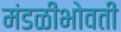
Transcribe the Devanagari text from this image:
मंडळीभोवती